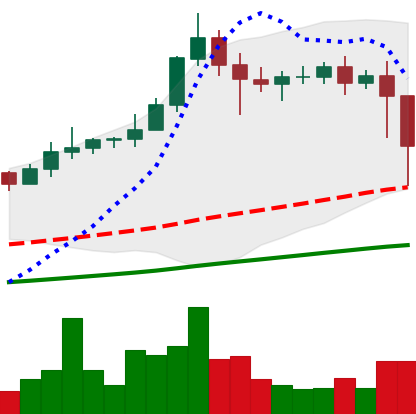
Ticker: XLM-USD
Chart end date: 2021-02-23
Forward return: 5.206%
Label: up_5_7